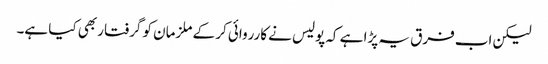
لیکن اب فرق یہ پڑا ہے کہ پولیس نے کارروائی کر کے ملزمان کو گرفتار بھی کیا ہے۔